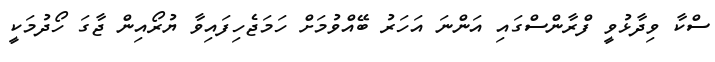
ސްކާ ވިދާޅުވީ ފްރާންސްގައި އަންނަ އަހަރު ބޭއްވުމަށް ހަމަޖެހިފައިވާ ޔުރޯއިން ޖާގަ ހޯދުމަކީ